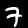
Digit: 7